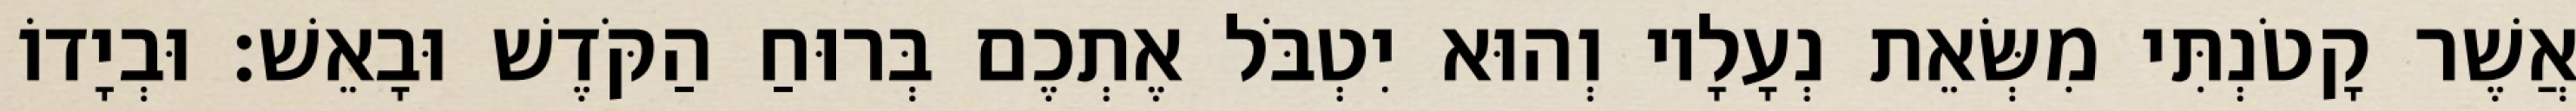
אֲשֶׁר קָטֹנְתִּי מִשְּׂאֵת נְעָלָיו וְהוּא יִטְבֹּל אֶתְכֶם בְּרוּחַ הַקֹּדֶשׁ וּבָאֵשׁ׃ וּבְיָדוֹ